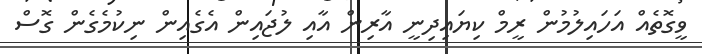
ވީގޮތެއް އަހައިލުމުން ރީމް ކިޔައިދިނީ އާރިން އާއި ލުޖައިން އެގެއިން ނިކުމެގެން ގޮސް